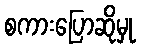
စကားပြောဆိုမှု